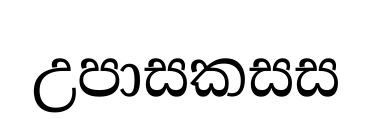
උපාසකසස